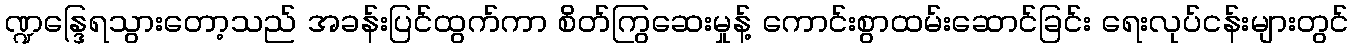
ဏ္ဍန္ဒြေရသွားတော့သည် အခန်းပြင်ထွက်ကာ စိတ်ကြွဆေးမှုန့် ကောင်းစွာထမ်းဆောင်ခြင်း ရေးလုပ်ငန်းများတွင်